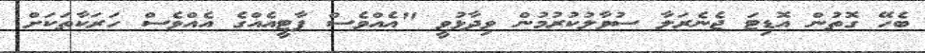
ބެހޭ ގޮތުން އޮޑިޓަ ޖެނެރަލާ ސުވާލުކުރުމުން ވިދާޅުވީ "އެއްވެސް ޕާޓީއެއްގެ އެއްވެސް ހަރަކާތަކަށް